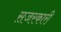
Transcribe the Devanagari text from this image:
स़जरकारी